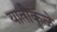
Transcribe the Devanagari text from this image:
यातीकुळे